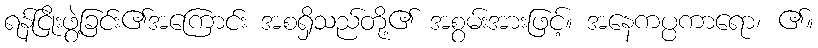
ရန်ငြိုးဖွဲ့ခြင်း၏အကြောင်း အစရှိသည်တို့၏ အစွမ်းအားဖြင့်။ အနေကပ္ပကာရော၊ ၏။